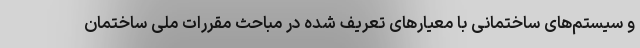
و سیستم‌های ساختمانی با معیارهای تعریف شده در مباحث مقررات ملی ساختمان